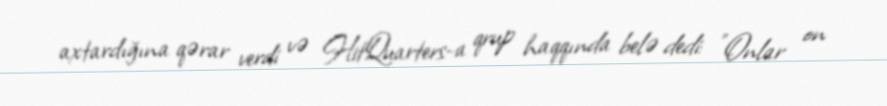
axtardığına qərar verdi və HitQuarters-a qrup haqqında belə dedi: "Onlar on